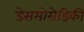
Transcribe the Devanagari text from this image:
डेसमोसेडिकी